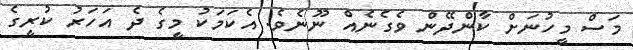
މަސް މީހުނަށް ކާންދޭން ވެގެނެއް ނޫނެވެ. އެކަމަކު މީގެ ދެ އަހަރު ކުރީގެ